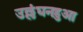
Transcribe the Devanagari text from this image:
उल्लंघनहुआ